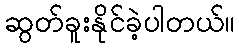
ဆွတ်ခူးနိုင်ခဲ့ပါတယ်။